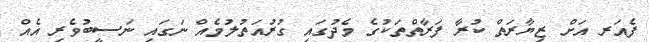
ފެއަރ އަށް ޒިޔާރަތް ކުރާ ފަރާތްތަކުގެ މެދުގައި ގުރުއަތުލުމެއް ނަގައި ނަސީބުވެރި އެއް